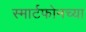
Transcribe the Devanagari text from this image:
स्मार्टफोनच्या